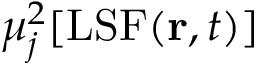
\mu _ { j } ^ { 2 } [ \mathrm { L S F } ( \mathbf { r } , t ) ]